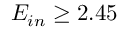
E _ { i n } \ge 2 . 4 5